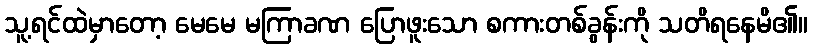
သူ့ရင်ထဲမှာတော့ မေမေ မကြာခဏ ပြောဖူးသော စကားတစ်ခွန်းကို သတိရနေမိ၏။